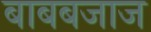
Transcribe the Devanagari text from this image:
बाबबजाज